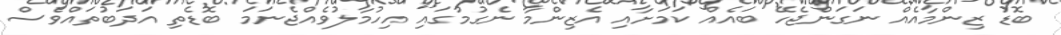
ބޮޑު ޒިންމާއެއް ނަގަންޖެހޭ ބައެއް ކަމަށާއި އެޒިންމާ ނެގުމުގައި އިހުމާލުވެއްޖެނަމަ ބޮޑެތި އަދަބުތައްވެސް